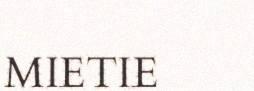
MIETIE